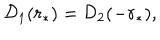
{ \cal D } _ { 1 } ( r _ { * } ) = { \cal D } _ { 2 } ( - r _ { * } ) ,